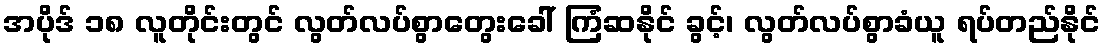
အပိုဒ် ၁၈ လူတိုင်းတွင် လွတ်လပ်စွာတွေးခေါ် ကြံဆနိုင် ခွင့်၊ လွတ်လပ်စွာခံယူ ရပ်တည်နိုင်